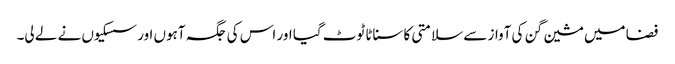
فضا میں مشین گن کی آواز سے سلامتی کا سناٹا ٹوٹ گیا اور اس کی جگہ آہوں اور سسکیوں نے لے لی۔